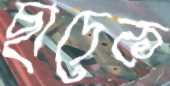
ছাদেক